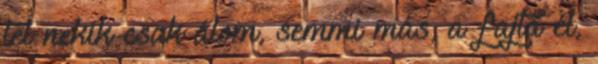
tél nekik csak álom, semmi más, a fajta él,